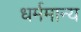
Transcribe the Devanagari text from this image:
धर्ममान्य